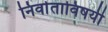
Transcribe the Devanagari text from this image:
निर्वाताविषयी